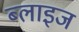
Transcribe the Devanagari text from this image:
ब्लाइज